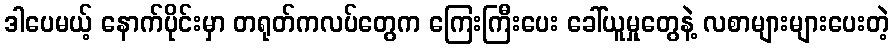
ဒါပေမယ့် နောက်ပိုင်းမှာ တရုတ်ကလပ်တွေက ကြေးကြီးပေး ခေါ်ယူမှုတွေနဲ့ လစာများများပေးတဲ့